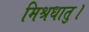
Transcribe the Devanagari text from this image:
मिश्रधातु।